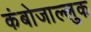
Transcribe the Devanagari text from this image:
कंबोजाल्लुक